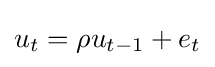
u_{t}=\rho u_{t-1}+e_{t}